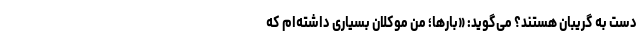
دست به گریبان هستند؟ می‌گوید: «بارها؛ من موکلان بسیاری داشته‌ام که